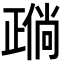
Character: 𬆈